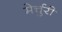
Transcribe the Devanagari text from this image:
मेर्चुरी